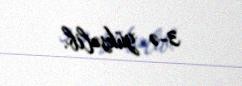
3-ə yüksəlib.